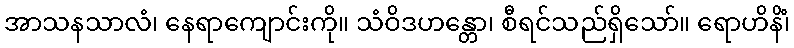
အာသနသာလံ၊ နေရာကျောင်းကို။ သံဝိဒဟန္တော၊ စီရင်သည်ရှိသော်။ ရောဟိနိံ၊